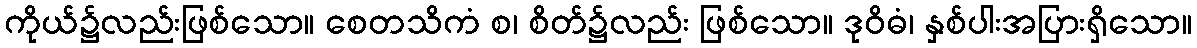
ကိုယ်၌လည်းဖြစ်သော။ စေတသိကံ စ၊ စိတ်၌လည်း ဖြစ်သော။ ဒုဝိဓံ၊ နှစ်ပါးအပြားရှိသော။